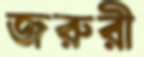
জরুরী